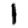
Digit: 1